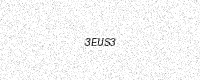
Text: 3EUS3